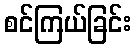
စင်ကြယ်ခြင်း